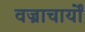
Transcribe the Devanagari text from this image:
वज्राचार्यों